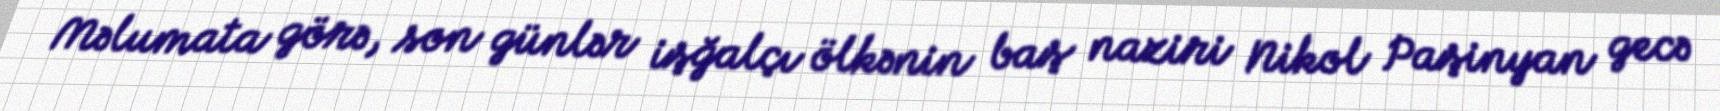
Məlumata görə, son günlər işğalçı ölkənin baş naziri Nikol Paşinyan gecə